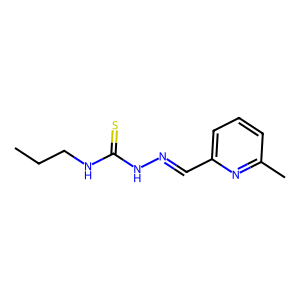
SMILES: CCCNC(=S)NN=Cc1cccc(C)n1
Inhibits HIV replication: No